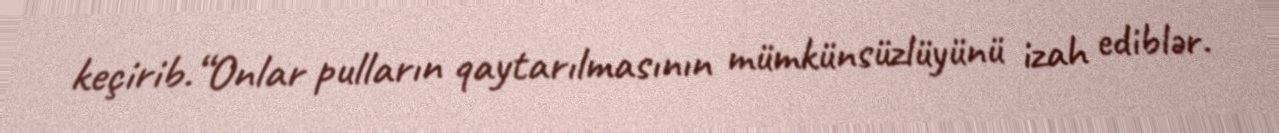
keçirib.“Onlar pulların qaytarılmasının mümkünsüzlüyünü izah ediblər.